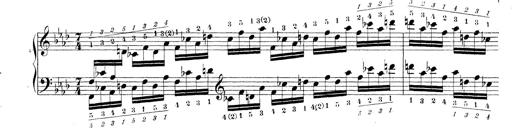
Title: Technische Studien
Composer: Franz Liszt